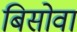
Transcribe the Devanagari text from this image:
बिसोवा